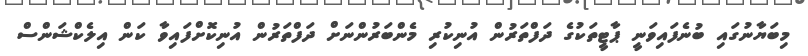
މިބަޔާނުގައި ބުނެފައިވަނީ ޕާޓީތަކުގެ ދަފްތަރުން އުނިކުރި މެންބަރުންނަށް ދަފްތަރުން އުނިކޮށްފައިވާ ކަން އިލެކްޝަންސް